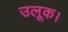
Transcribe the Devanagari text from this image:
उलूक।